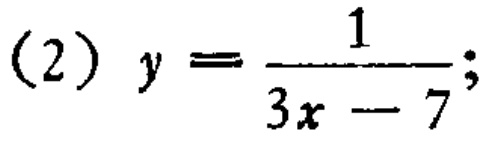
(2) \(y = \frac{1}{3x - 7}\);